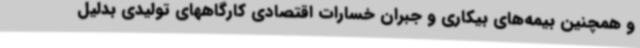
و همچنین بیمه‌های بیکاری و جبران خسارات اقتصادی کارگاههای تولیدی بدلیل